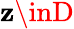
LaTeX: \mathbf{z}\inD